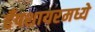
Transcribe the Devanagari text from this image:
हँपशायरमध्ये